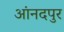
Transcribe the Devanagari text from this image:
आंनदपुर